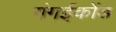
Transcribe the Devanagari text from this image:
गंगईकोंड